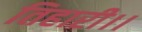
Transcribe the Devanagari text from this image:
तिहारी।।